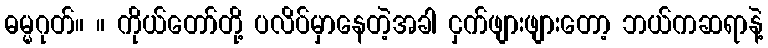
ဓမ္မဂုတ်။ ။ ကိုယ်တော်တို့ ပလိပ်မှာနေတဲ့အခါ ငှက်ဖျားဖျားတော့ ဘယ်ကဆရာနဲ့